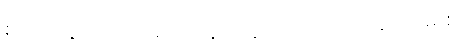
စာပေတွိဿာသ၊ မုသုနော၊ ဣဿာသော ခေပကမှိ စ။